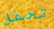
تحفل